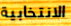
الانتخابية